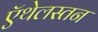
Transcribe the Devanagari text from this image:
ऍथेलस्तन